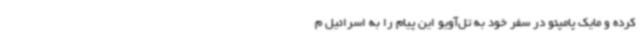
کرده و مایک پامپئو در سفر خود به تل‌آویو این پیام را به اسرائیل م